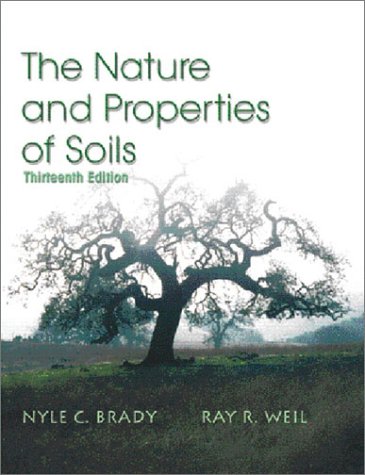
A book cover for The Nature and Properties of Soils, 13th Edition; Nyle C. Brady; Science & Math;